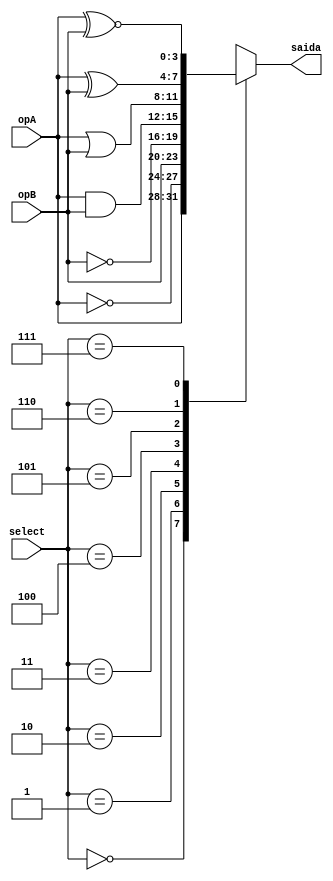
module ula (opA, opB, select, saida);

input [3:0] opA, opB;
input [2:0] select;
output reg [3:0] saida;

always @(*)
begin
   case (select) 
	  3'b000: begin 
			saida <= opA;
	  end 
	  3'b001: begin 
			saida <= ~opA;
	  end 
	  3'b010: begin 
			saida <= opB;
	  end 
	  3'b011: begin 
			saida <= ~opB;
	  end 
	  3'b100: begin 
			saida <= opA & opB;
	  end 
	  3'b101: begin 
			saida <= opA | opB;
	  end 
	  3'b110: begin 
			saida <= opA ^ opB;
	  end 
	  3'b111: begin 
			saida <= opA ^~ opB;
	  end 
	  default: begin 
			saida <= 4'b0000;
	  end 
   endcase
end 
endmodule